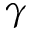
\gamma